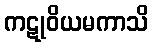
ကဋုဝိယမကာသိ